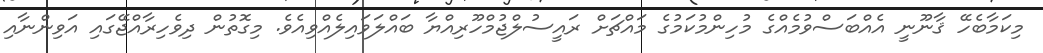
މިކަމާބެހޭ ޤާނޫނީ އެއްބަސްވުމެއްގެ މުހިންމުކަމުގެ މައްޗަށް ރައީސުލްޖުމްހޫރިއްޔާ ބައްލަވައިލެއްވިއެވެ. މިގޮތުން ދިވެހިރާއްޖޭގައި އަވިންނާއި